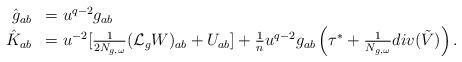
LaTeX: \begin{align*}\begin{array}{r l} \hat{g}_{ab}&=u^{q-2}g_{ab} \\ \hat{K}_{ab}&=u^{-2}[\frac{1}{2N_{g,\omega}}(\mathcal{L}_gW)_{ab}+U_{ab}]+\frac{1}{n}u^{q-2}g_{ab}\left(\tau^*+\frac{1}{N_{g,\omega}}div(\tilde{V})\right).\end{array}\end{align*}